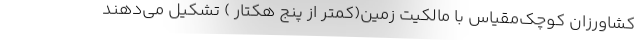
کشاورزان کوچک‌مقیاس با مالکیت زمین(کمتر از پنج هکتار ) تشکیل می‌دهند